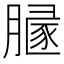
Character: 𰯒